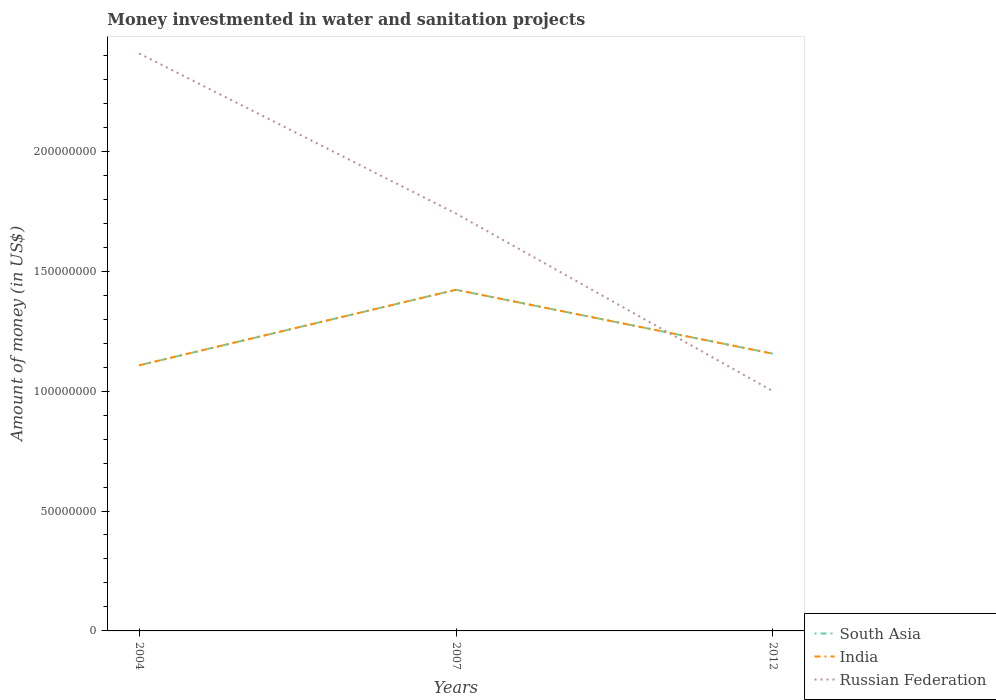
| Years | South Asia | India | Russian Federation |
 | --- | --- | --- | --- |
 | 2004 | 1.11e+08 | 1.11e+08 | 2.41e+08 |
 | 2007 | 1.42e+08 | 1.42e+08 | 1.74e+08 |
 | 2012 | 1.16e+08 | 1.16e+08 | 1e+08 |